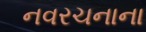
નવરચનાના